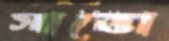
সাত্তো